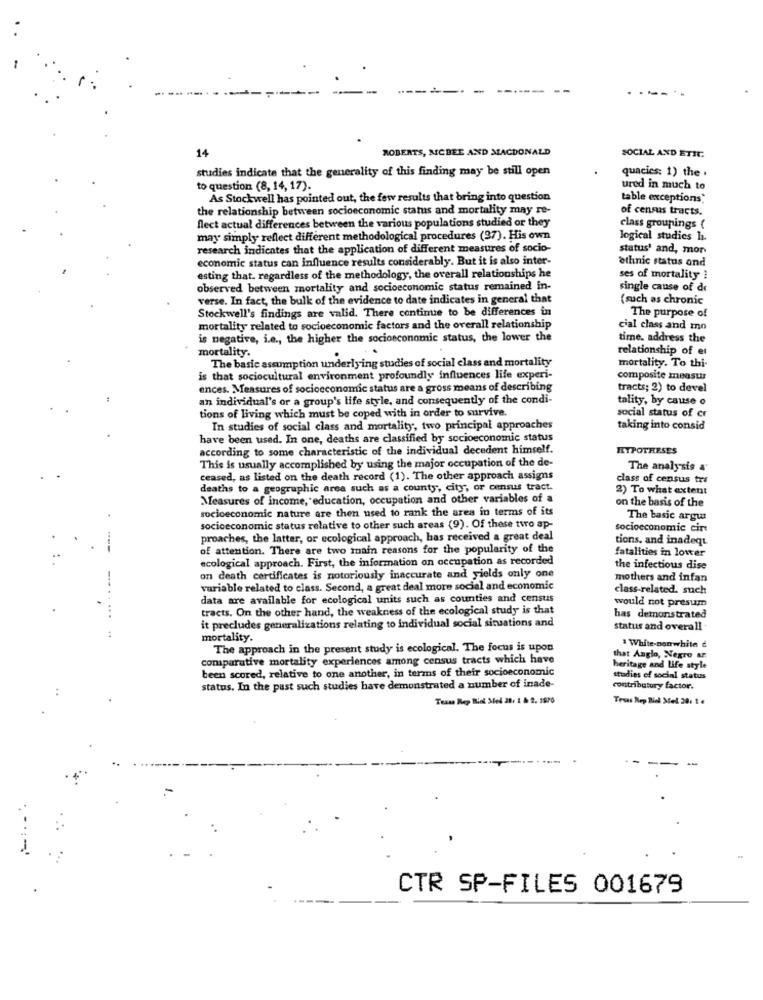
-
.-- '
14
ROBERTS, MCBEE AND MACDONALD
SOCIAL AND ETIC.
studies indicate that the generality of this finding may be still open
quacics: 1) the .
to question (8, 14, 17).
ured in much to
As Stockwell has pointed out, the few results that bring into question
table exceptions
the relationship between socioeconomic status and mortality may re-
of census tracts.
flect actual differences between the various populations studied or they
class groupings (
may simply reflect different methodological procedures (27). His own
logical studies h.
research indicates that the application of different measures of socio-
status' and, mor
economic status can influence results considerably. But it is also inter-
ethnic status ond
esting that. regardless of the methodology, the overall relationships he
ses of mortality
observed between mortality and socioeconomic status remained in-
single cause of de
verse. In fact, the bulk of the evidence to date indicates in general that
(such as chronic
Stockwell's findings are valid. There continue to be differences in
The purpose of
mortality related to socioeconomic factors and the overall relationship
cial class and mo
is negative, i.e ., the higher the socioeconomic status, the lower the
time. address the
mortality.
relationship of et
The basic assumption underlying studies of social class and mortality
mortality. To thi-
is that sociocultural environment profoundly influences life experi-
composite measur
ences. Measures of socioeconomic status are a gross means of describing
tracts; 2) to devel
an individual's or a group's life style, and consequently of the condi-
tality, by cause o
tions of living which must be coped with in order to survive.
social status of cr
In studies of social class and mortality, two principal approaches
taking into consid
have been used. In one, deaths are classified by socioeconomic status
according to some characteristic of the individual decedent himself.
RTPOTHESES
This is usually accomplished by using the major occupation of the de-
The analysis a"
ceased, as listed on the death record (1). The other approach assigns
class of census tra
deaths to a geographic area such as a county, city, or census tract.
2) To what extent
Measures of income, education, occupation and other variables of a
on the basis of the
socioeconomic nature are then used to rank the area in terms of its
The basic argus
socioeconomic status relative to other such areas (9). Of these two ap-
socioeconomic cir
proaches, the latter, or ecological approach, has received a great deal
tions, and inadequ
of attention. There are two main reasons for the popularity of the
fatalities in lower
ecological approach. First, the information on occupation as recorded
the infectious dise
on death certificates is notoriously inaccurate and yields only one
mothers and infan
variable related to class. Second, a great deal more social and economic
class-related. such
data are available for ecological units such as counties and census
would not presum
tracts. On the other hand, the weakness of the ecological study is that
it precludes generalizations relating to individual social situations and
has demonstrated
status and overall
mortality.
White-nonwhite
The approach in the present study is ecological. The focus is upon
comparative mortality experiences among census tracts which have
that Anglo, Negro ar
been scored, relative to one another, in terms of their socioeconomic
heritage and Life style
studies of social status
status. In the past such studies have demonstrated a number of inade-
contributury factor.
Texas Rep Biel Sted 28: 1 & 2. 1870
Trus Rep Biel Mel 201 1 4
CTR SP-FILES 001679
---